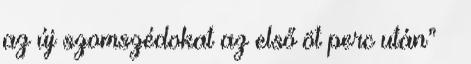
az új szomszédokat az első öt perc után” –